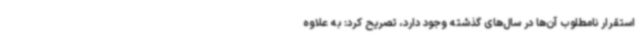
استقرار نامطلوب آن‌ها در سال‌های گذشته وجود دارد، تصریح کرد: به علاوه